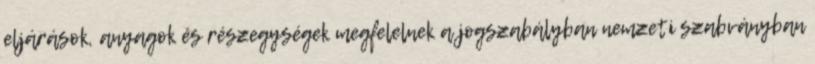
eljárások, anyagok és részegységek megfelelnek a jogszabályban nemzeti szabványban